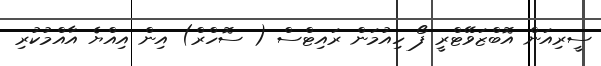
ސީރިއަން އޮބްޒަވޭޓްރީ ފޯ ހިއުމަން ރައިޓްސް ( ސޮހްރް) އިން އިއްޔެ އާއްމުކުރި